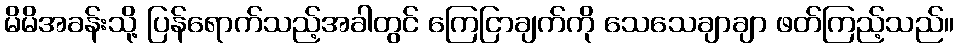
မိမိအခန်းသို့ ပြန်ရောက်သည့်အခါတွင် ကြေငြာချက်ကို သေသေချာချာ ဖတ်ကြည့်သည်။